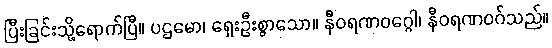
ပြီးခြင်းသို့ရောက်ပြီ။ ပဌမော၊ ရှေးဦးစွာသော။ နီဝရဏဝဂ္ဂေါ၊ နီဝရဏဝဂ်သည်။